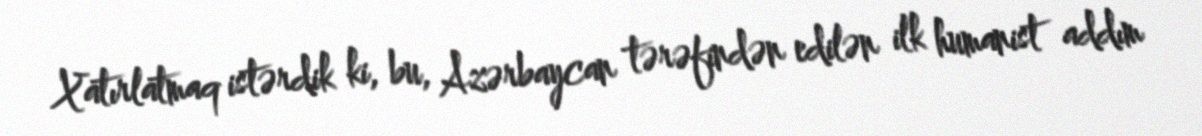
Xatırlatmaq istərdik ki, bu, Azərbaycan tərəfindən edilən ilk humanist addım